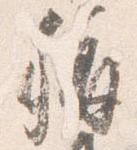
称